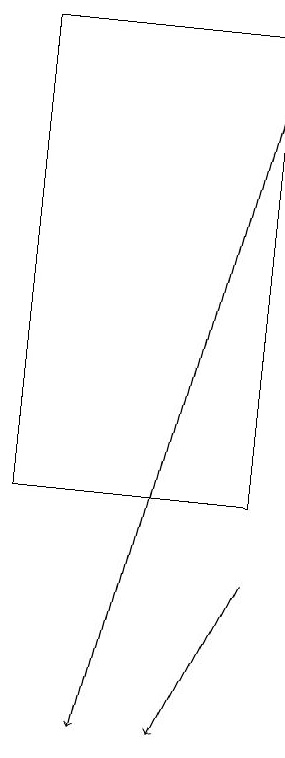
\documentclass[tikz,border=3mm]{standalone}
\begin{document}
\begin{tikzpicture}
\draw (6,13) rectangle (9,19);
\draw[->] (9,18) -- (7,10);
\draw[->] (9,12) -- (8,10);
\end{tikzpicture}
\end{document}